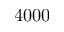
4 0 0 0